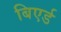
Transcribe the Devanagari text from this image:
बिएर्ड